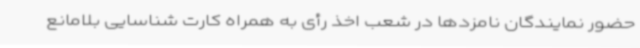
حضور نمایندگان نامزدها در شعب اخذ رأی به همراه کارت شناسایی بلامانع